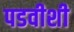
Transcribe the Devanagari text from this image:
पडवीशी